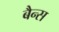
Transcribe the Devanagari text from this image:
बैन्स